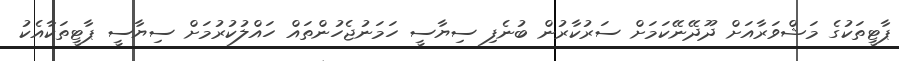
ޕާޓީތަކުގެ މަޝްވަރާއަށް ދޫދޭނޭކަމަށް ސަރުކާރުން ބުނެފި ސިޔާސީ ހަމަނުޖެހުންތައް ހައްލުކުރުމަށް ސިޔާސީ ޕާޓީތަކާއެކު